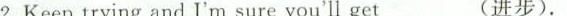
2.Keep trying and I'm sure you'll get_(进步).